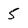
Character: 5